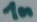
Text: 1n